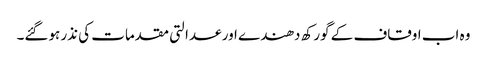
وہ اب اوقاف کے گورکھ دھندے اور عدالتی مقدمات کی نذر ہوگئے۔